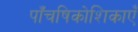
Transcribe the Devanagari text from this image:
पाँचषिकोशिकाएँ